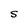
Character: S